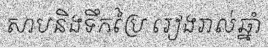
សាបនិងទឹកប្រៃ រៀងរាល់ឆ្នាំ